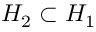
H _ { 2 } \subset H _ { 1 }